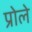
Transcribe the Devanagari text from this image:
प्रोले